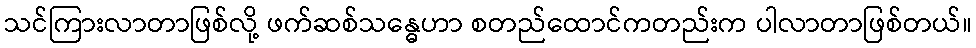
သင်ကြားလာတာဖြစ်လို့ ဖက်ဆစ်သန္ဓေဟာ စတည်ထောင်ကတည်းက ပါလာတာဖြစ်တယ်။